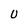
Character: U